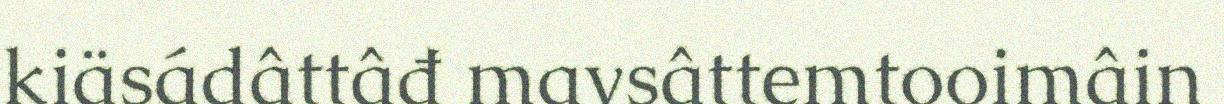
kiäsádâttâđ mavsâttemtooimâin